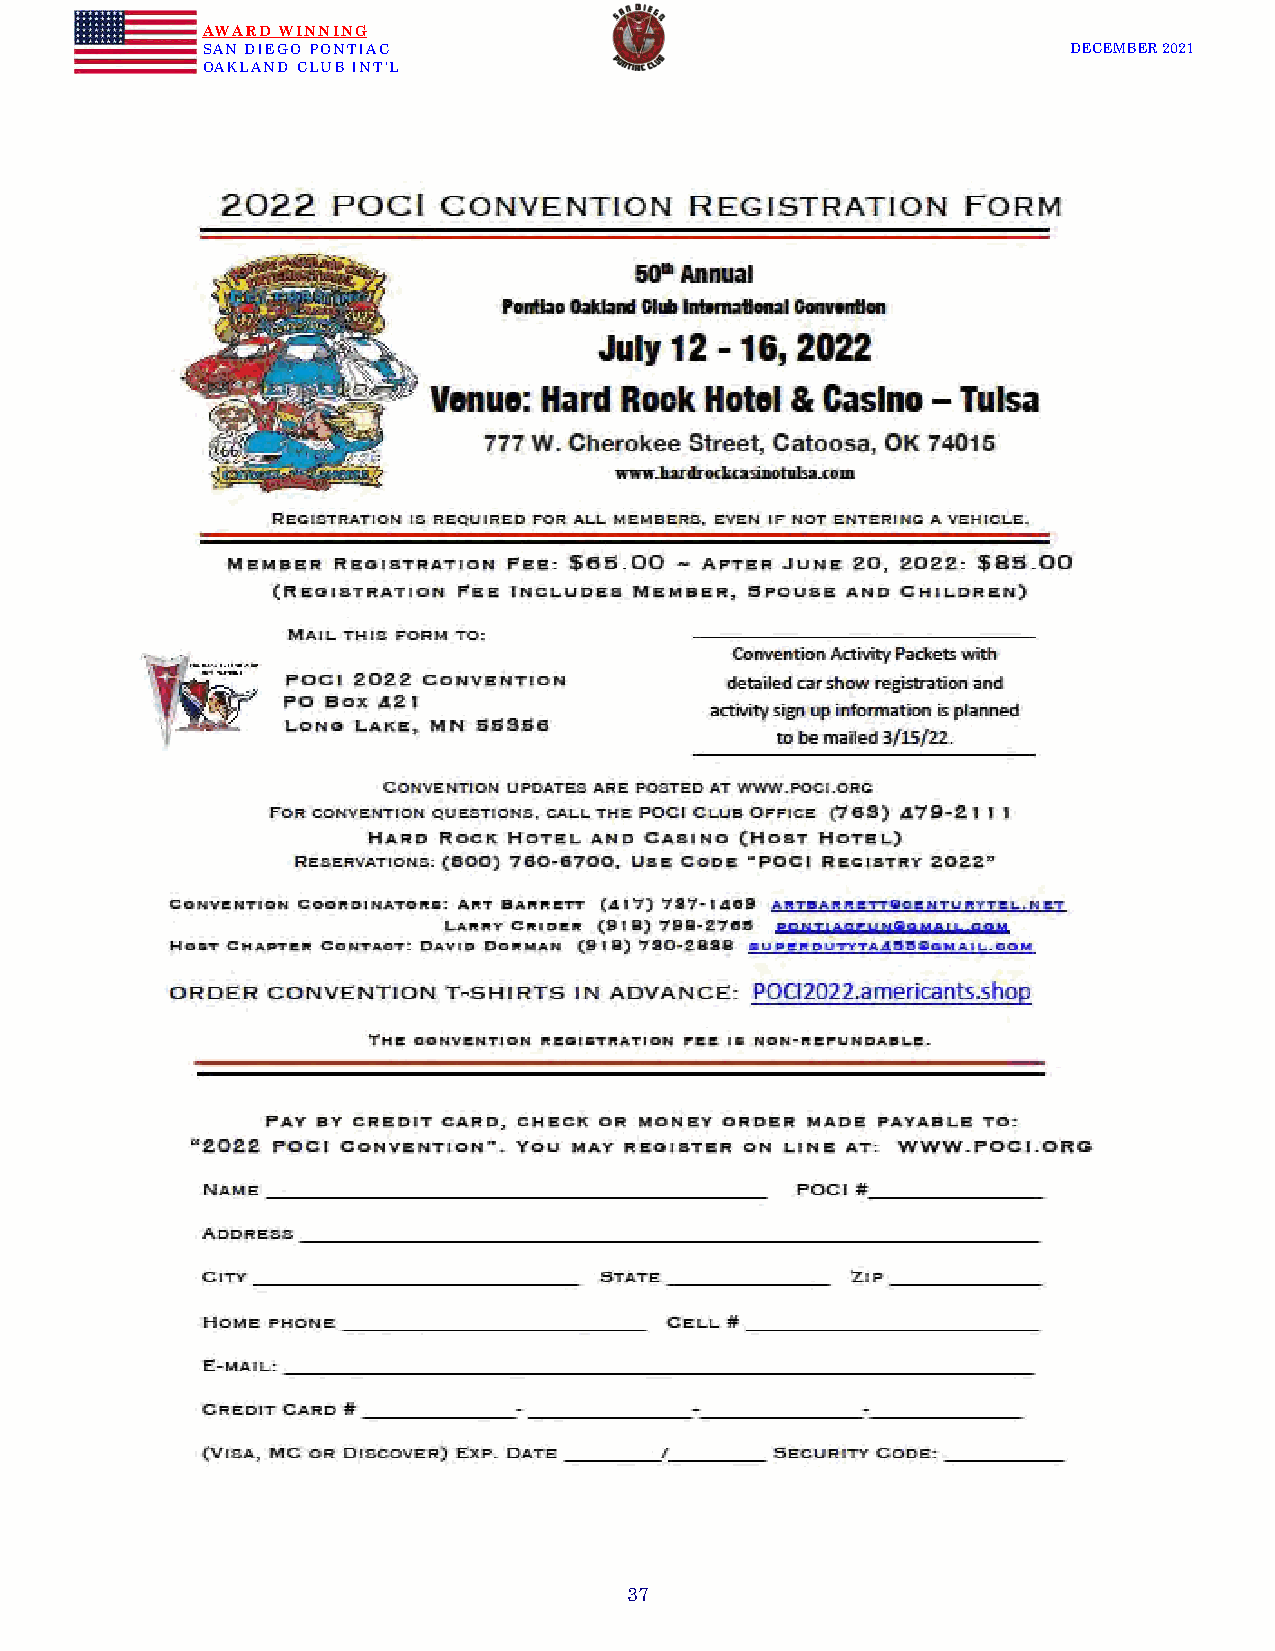
AWARD WINNING
 SAN DIEGO PONTIAC                                         DECEMBER 2021
 OAKLAND CLUB INT’L
 BOOTS!
 37